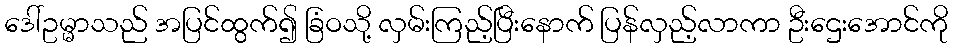
ဒေါ်ဥမ္မာသည် အပြင်ထွက်၍ ခြံဝသို့ လှမ်းကြည့်ပြီးနောက် ပြန်လှည့်လာကာ ဦးဌေးအောင်ကို